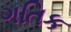
ગતિક